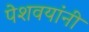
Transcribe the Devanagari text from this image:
पेशवयांनी